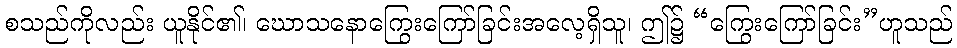
စသည်ကိုလည်း ယူနိုင်၏၊ ဃောသနောကြွေးကြော်ခြင်းအလေ့ရှိသူ၊ ဤ၌ “ကြွေးကြော်ခြင်း”ဟူသည်